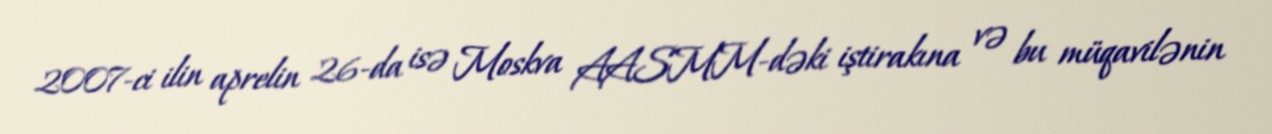
2007-ci ilin aprelin 26-da isə Moskva AASMM-dəki iştirakına və bu müqavilənin